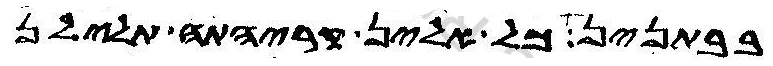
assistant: בבתנין כל אלין קריהתה תלילן